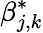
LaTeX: \beta_{j,k}^{*}